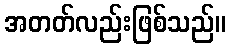
အတတ်လည်းဖြစ်သည်။